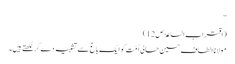
‘‘
(اقتراب الساعۃ ص12)
مولانا الطاف حسین حالی اُمّت کو ایک باغ سے تشبیہ دے کرلکھتے ہیں۔